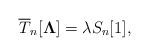
LaTeX: \begin{align*}\overline{T}_{n}[{\bf\Lambda}]=\lambda S_n[1],\end{align*}